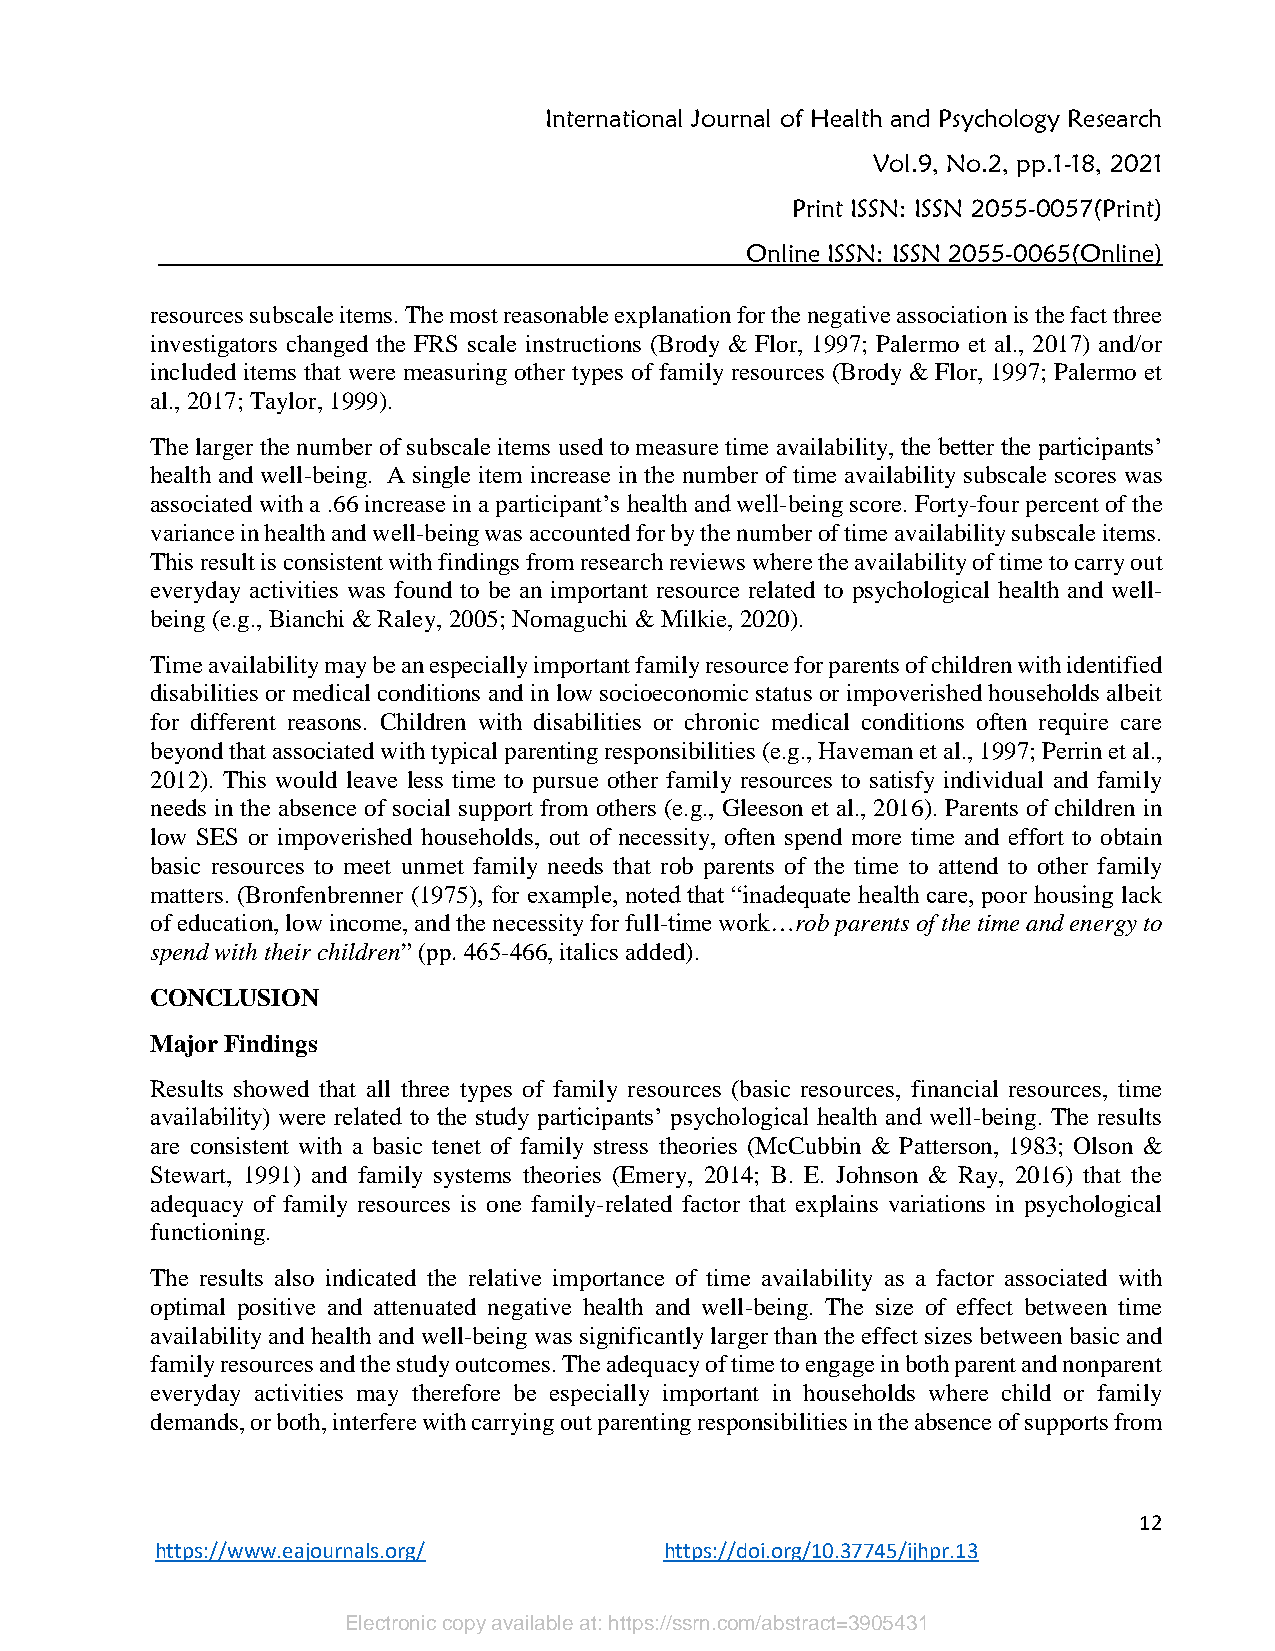
International Journal of Health and Psychology Research
 Vol.9, No.2, pp.1-18, 2021
 Print ISSN: ISSN 2055-0057(Print)
 Online ISSN: ISSN 2055-0065(Online)
 resources subscale items. The most reasonable explanation for the negative association is the fact three
 investigators changed the FRS scale instructions (Brody & Flor, 1997; Palermo et al., 2017) and/or
 included items that were measuring other types of family resources (Brody & Flor, 1997; Palermo et
 al., 2017; Taylor, 1999).
 The larger the number of subscale items used to measure time availability, the better the participants’
 health and well-being. A single item increase in the number of time availability subscale scores was
 associated with a .66 increase in a participant’s health and well-being score. Forty-four percent of the
 variance in health and well-being was accounted for by the number of time availability subscale items.
 This result is consistent with findings from research reviews where the availability of time to carry out
 everyday activities was found to be an important resource related to psychological health and well-
 being (e.g., Bianchi & Raley, 2005; Nomaguchi & Milkie, 2020).
 Time availability may be an especially important family resource for parents of children with identified
 disabilities or medical conditions and in low socioeconomic status or impoverished households albeit
 for different reasons. Children with disabilities or chronic medical conditions often require care
 beyond that associated with typical parenting responsibilities (e.g., Haveman et al., 1997; Perrin et al.,
 2012). This would leave less time to pursue other family resources to satisfy individual and family
 needs in the absence of social support from others (e.g., Gleeson et al., 2016). Parents of children in
 low SES or impoverished households, out of necessity, often spend more time and effort to obtain
 basic resources to meet unmet family needs that rob parents of the time to attend to other family
 matters. (Bronfenbrenner (1975), for example, noted that “inadequate health care, poor housing lack
 of education, low income, and the necessity for full-time work…rob parents of the time and energy to
 spend with their children” (pp. 465-466, italics added).
 CONCLUSION
 Major Findings
 Results showed that all three types of family resources (basic resources, financial resources, time
 availability) were related to the study participants’ psychological health and well-being. The results
 are consistent with a basic tenet of family stress theories (McCubbin & Patterson, 1983; Olson &
 Stewart, 1991) and family systems theories (Emery, 2014; B. E. Johnson & Ray, 2016) that the
 adequacy of family resources is one family-related factor that explains variations in psychological
 functioning.
 The results also indicated the relative importance of time availability as a factor associated with
 optimal positive and attenuated negative health and well-being. The size of effect between time
 availability and health and well-being was significantly larger than the effect sizes between basic and
 family resources and the study outcomes. The adequacy of time to engage in both parent and nonparent
 everyday activities may therefore be especially important in households where child or family
 demands, or both, interfere with carrying out parenting responsibilities in the absence of supports from
 12
 https://www.eajournals.org/       https://doi.org/10.37745/ijhpr.13
 Electronic copy available at: https://ssrn.com/abstract=3905431